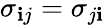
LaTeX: \sigma_{\mathbf{i}j}=\sigma_{j\mathbf{i}}